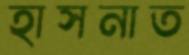
হাসনাত